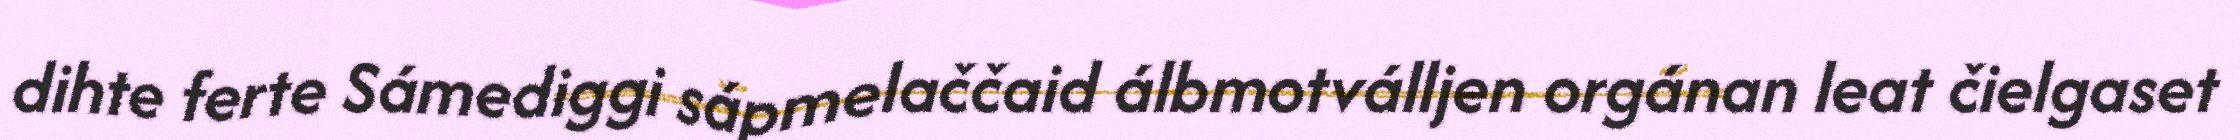
dihte ferte Sámediggi sápmelaččaid álbmotválljen orgánan leat čielgaset